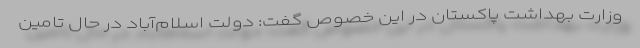
وزارت بهداشت پاکستان در این خصوص گفت: دولت اسلام‌آباد در حال تامین